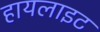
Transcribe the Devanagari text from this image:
हायलाइट